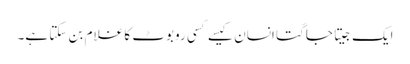
ایک جیتا جاگتا انسان کیسے کسی روبوٹ کا غلام بن سکتا ہے۔